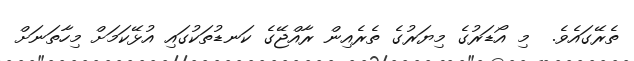
ތެރޭގައެވެ.  މި އޯޑަރުގެ މިޔަރުގެ ތެރެއިން ރާއްޖޭގެ ކަނޑުތަކުގައި އުޅޭކަމަށް މިހާތަނަށް